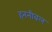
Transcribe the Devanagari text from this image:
हननीबल